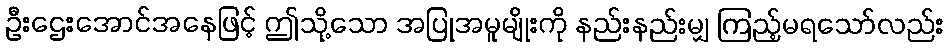
ဦးဌေးအောင်အနေဖြင့် ဤသို့သော အပြုအမူမျိုးကို နည်းနည်းမျှ ကြည့်မရသော်လည်း